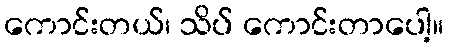
ကောင်းတယ်၊ သိပ် ကောင်းတာပေါ့။